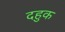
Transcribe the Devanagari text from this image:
दहुक